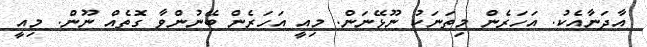
އާދަނާއެކު. އަހަރެން މިތަނަކު ނޫޅޭނަން. މިއީ އަހަރެން ބޭނުންވާ ގޮތެއް ނޫން. މިއީ